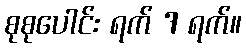
စုစုပေါင်း ရက် 7 ရက်။